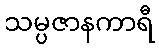
သမ္ပဇာနကာရီ